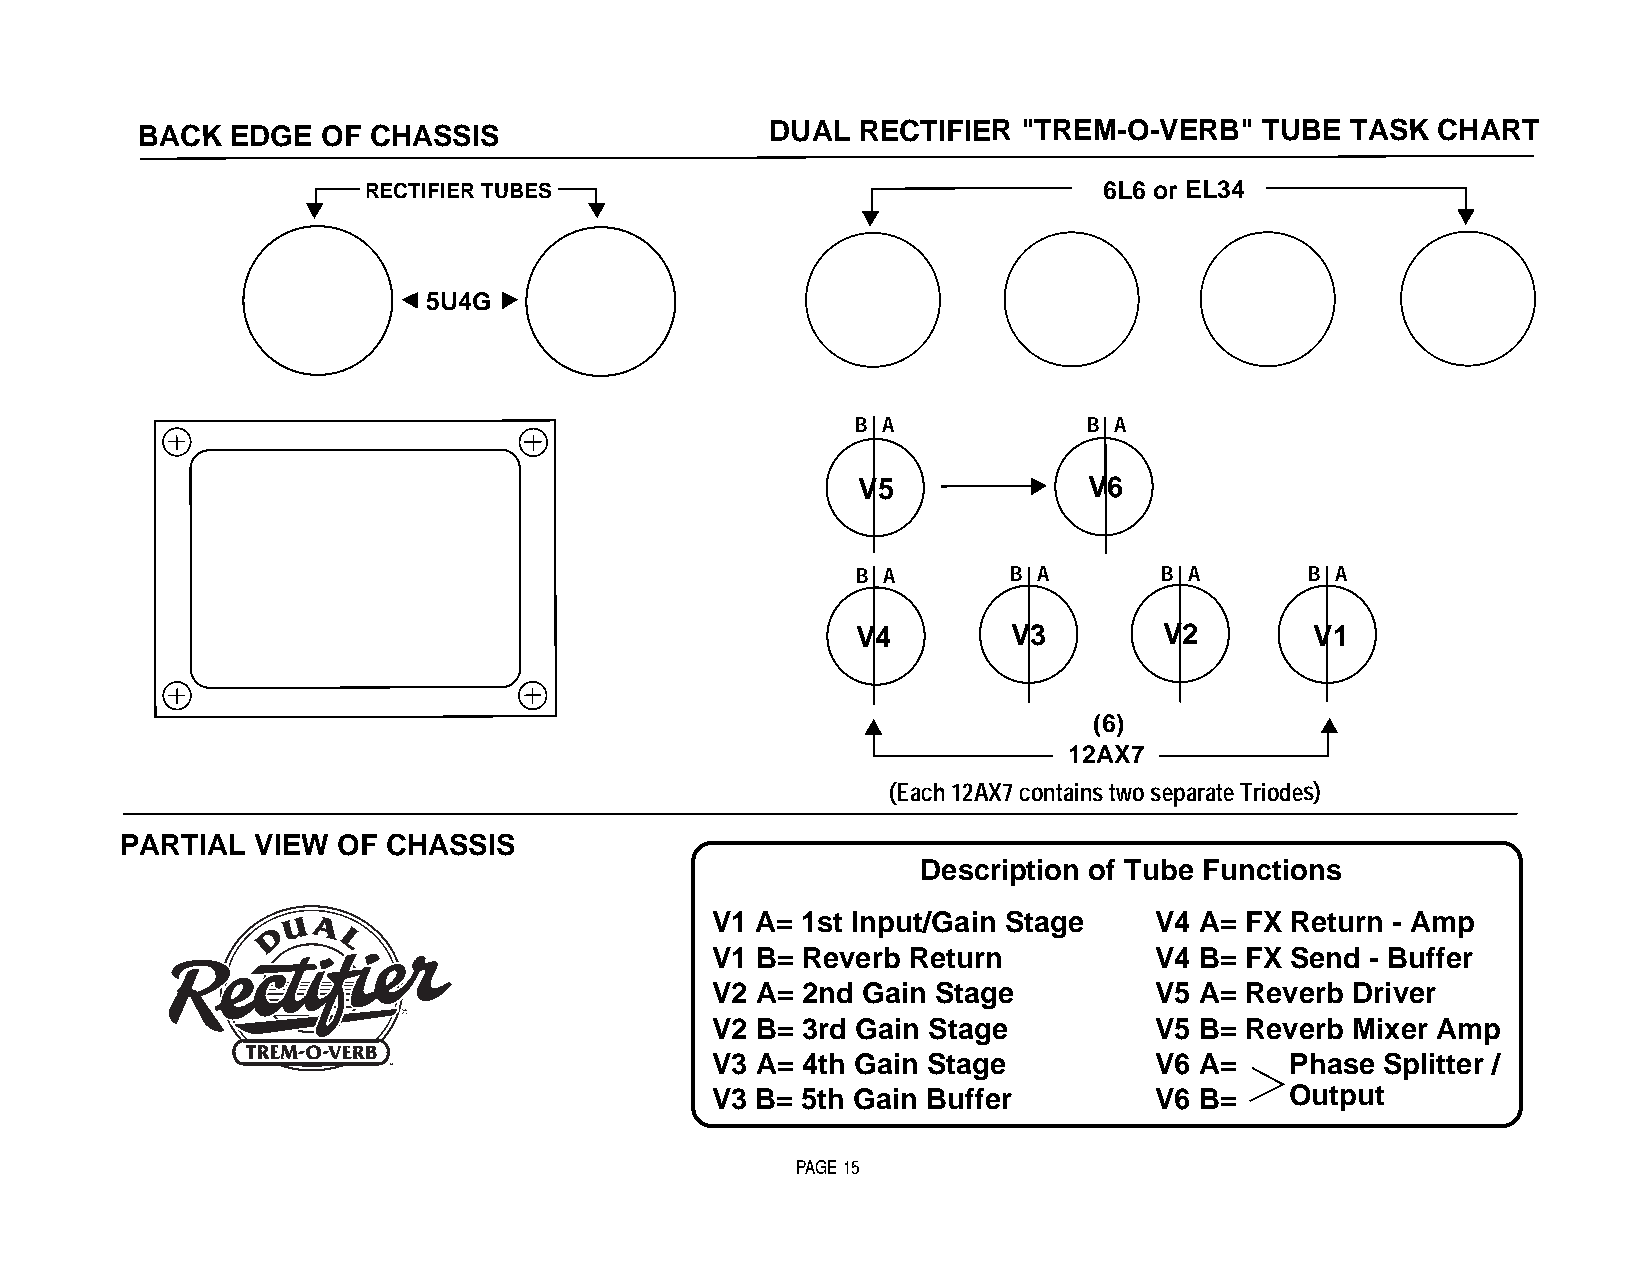
BACK  EDGE  OF CHASSIS                    DUAL  RECTIFIER  "TREM-O-VERB"   TUBE TASK  CHART
 RECTIFIER TUBES                                  6L6 or EL34
 5U4G
 B A            B A
 V5             V6
 B A       B A       B A       B A
 V4        V3        V2        V1
 (6)
 12AX7
 (Each 12AX7 contains two separate Triodes)
 PARTIAL  VIEW OF  CHASSIS
 Description of Tube Functions
 V1 A= 1st Input/Gain Stage   V4 A= FX Return - Amp
 V1 B= Reverb Return          V4 B= FX Send  - Buffer
 V2 A= 2nd Gain Stage         V5 A= Reverb Driver
 V2 B= 3rd Gain Stage         V5 B= Reverb Mixer Amp
 V3 A= 4th Gain Stage         V6 A=    Phase  Splitter /
 V3 B= 5th Gain Buffer        V6 B=    Output
 PAGE 15